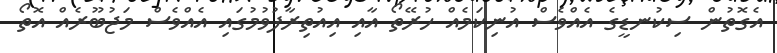
އެގޮތުން ސިކުނޑީގެ އެއްވެސް އުނިކަމެއް ހުރޭތޯ އާއި އިއުތިރާފުވުމުގައި އެއްވެސް މަޖުބޫރެއް އޮތޯ